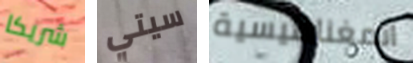
شريكا سيتي المغناطيسية